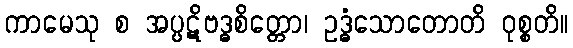
ကာမေသု စ အပ္ပဋိဗဒ္ဓစိတ္တော၊ ဥဒ္ဓံသောတောတိ ဝုစ္စတိ။